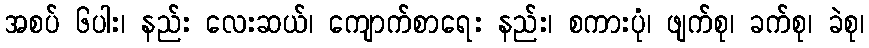
အစပ် ၆ပါး၊ နည်း လေးဆယ်၊ ကျောက်စာရေး နည်း၊ စကားပုံ၊ ဖျက်စု၊ ခက်စု၊ ခဲစု၊